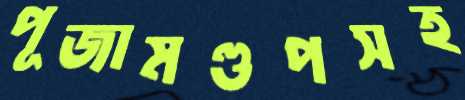
পূজামণ্ডপসহ